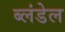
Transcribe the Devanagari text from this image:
ब्लंडेल